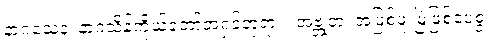
နာဂသေန၊ နာဂသိန်ကိုယ်တော်အရှင်ဘုရား။ အဗ္ဘုတံ၊ အဖြစ်ဖူးမြဲဖြစ်ပေစွ။